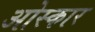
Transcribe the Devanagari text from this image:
ओस्कार